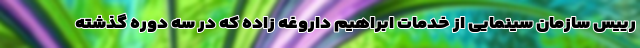
رییس سازمان سینمایی از خدمات ابراهیم داروغه زاده که در سه دوره گذشته